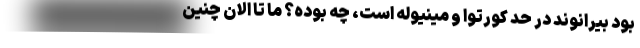
بود بیرانوند در حد کورتوا و مینیوله است، چه بوده؟ ما تا الان چنین